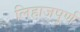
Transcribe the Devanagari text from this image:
लिहाजपूर्ण